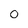
Character: 0